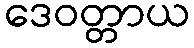
ဒေဝတ္တာယ